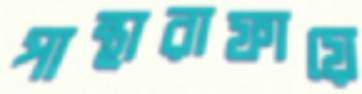
পান্থারাফায়ে